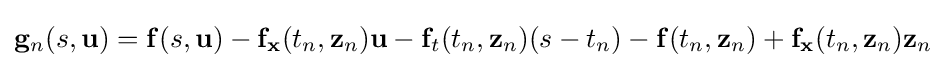
\mathbf {g} _{n}(s,\mathbf {u} )=\mathbf {f} (s,\mathbf {u} )-\mathbf {f} _{\mathbf {x} }(t_{n},\mathbf {z} _{n})\mathbf {u} -\mathbf {f} _{t}(t_{n},\mathbf {z} _{n})(s-t_{n})-\mathbf {f} (t_{n},\mathbf {z} _{n})+\mathbf {f} _{\mathbf {x} }(t_{n},\mathbf {z} _{n})\mathbf {z} _{n}